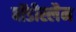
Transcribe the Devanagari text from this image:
बॉडीस्लैम